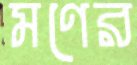
মণের